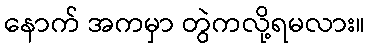
နောက် အကမှာ တွဲကလို့ရမလား။